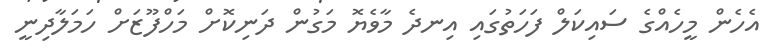
އެހެން މީހެއްގެ ސައިކަލް ފަހަތުގައި އިނދެ މާވެޔޮ މަގުން ދަނިކޮށް މަހްފޫޒަށް ހަމަލާދިނީ